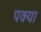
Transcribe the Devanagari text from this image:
पक्या